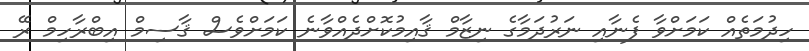
ހިދުމަތެއް ކަމަށްވާ ފެނާއި ނަރުދަމާގެ ނިޒާމް ޤާއިމުކޮށްދެއްވާނެ ކަމަށްވެސް ޤާސިމް އިބްރާހިމް ރޭ